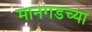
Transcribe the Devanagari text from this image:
मानगडच्या